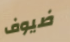
ضيوف